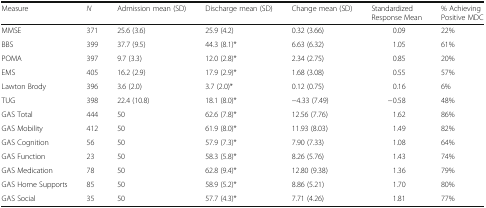
| Measure | N | Admission mean (SD) | Discharge mean (SD) | Change mean (SD) | Standardized Response Mean | % Achieving Positive MDC |
 | --- | --- | --- | --- | --- | --- | --- |
 | MMSE | 371 | 25.6 (3.6) | 25.9 (4.2) | 0.32 (3.66) | 0.09 | 22% |
 | BBS | 399 | 37.7 (9.5) | 44.3 (8.1)* | 6.63 (6.32) | 1.05 | 61% |
 | POMA | 397 | 9.7 (3.3) | 12.0 (2.8)* | 2.34 (2.75) | 0.85 | 20% |
 | EMS | 405 | 16.2 (2.9) | 17.9 (2.9)* | 1.68 (3.08) | 0.55 | 57% |
 | Lawton Brody | 396 | 3.6 (2.0) | 3.7 (2.0)* | 0.12 (0.75) | 0.16 | 6% |
 | TUG | 398 | 22.4 (10.8) | 18.1 (8.0)* | −4.33 (7.49) | −0.58 | 48% |
 | GAS Total | 444 | 50 | 62.6 (7.8)* | 12.56 (7.76) | 1.62 | 86% |
 | GAS Mobility | 412 | 50 | 61.9 (8.0)* | 11.93 (8.03) | 1.49 | 82% |
 | GAS Cognition | 56 | 50 | 57.9 (7.3)* | 7.90 (7.33) | 1.08 | 64% |
 | GAS Function | 23 | 50 | 58.3 (5.8)* | 8.26 (5.76) | 1.43 | 74% |
 | GAS Medication | 78 | 50 | 62.8 (9.4)* | 12.80 (9.38) | 1.36 | 79% |
 | GAS Home Supports | 85 | 50 | 58.9 (5.2)* | 8.86 (5.21) | 1.70 | 80% |
 | GAS Social | 35 | 50 | 57.7 (4.3)* | 7.71 (4.26) | 1.81 | 77% |